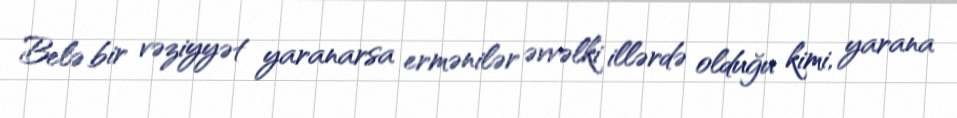
Belə bir vəziyyət yaranarsa ermənilər əvvəlki illərdə olduğu kimi, yarana